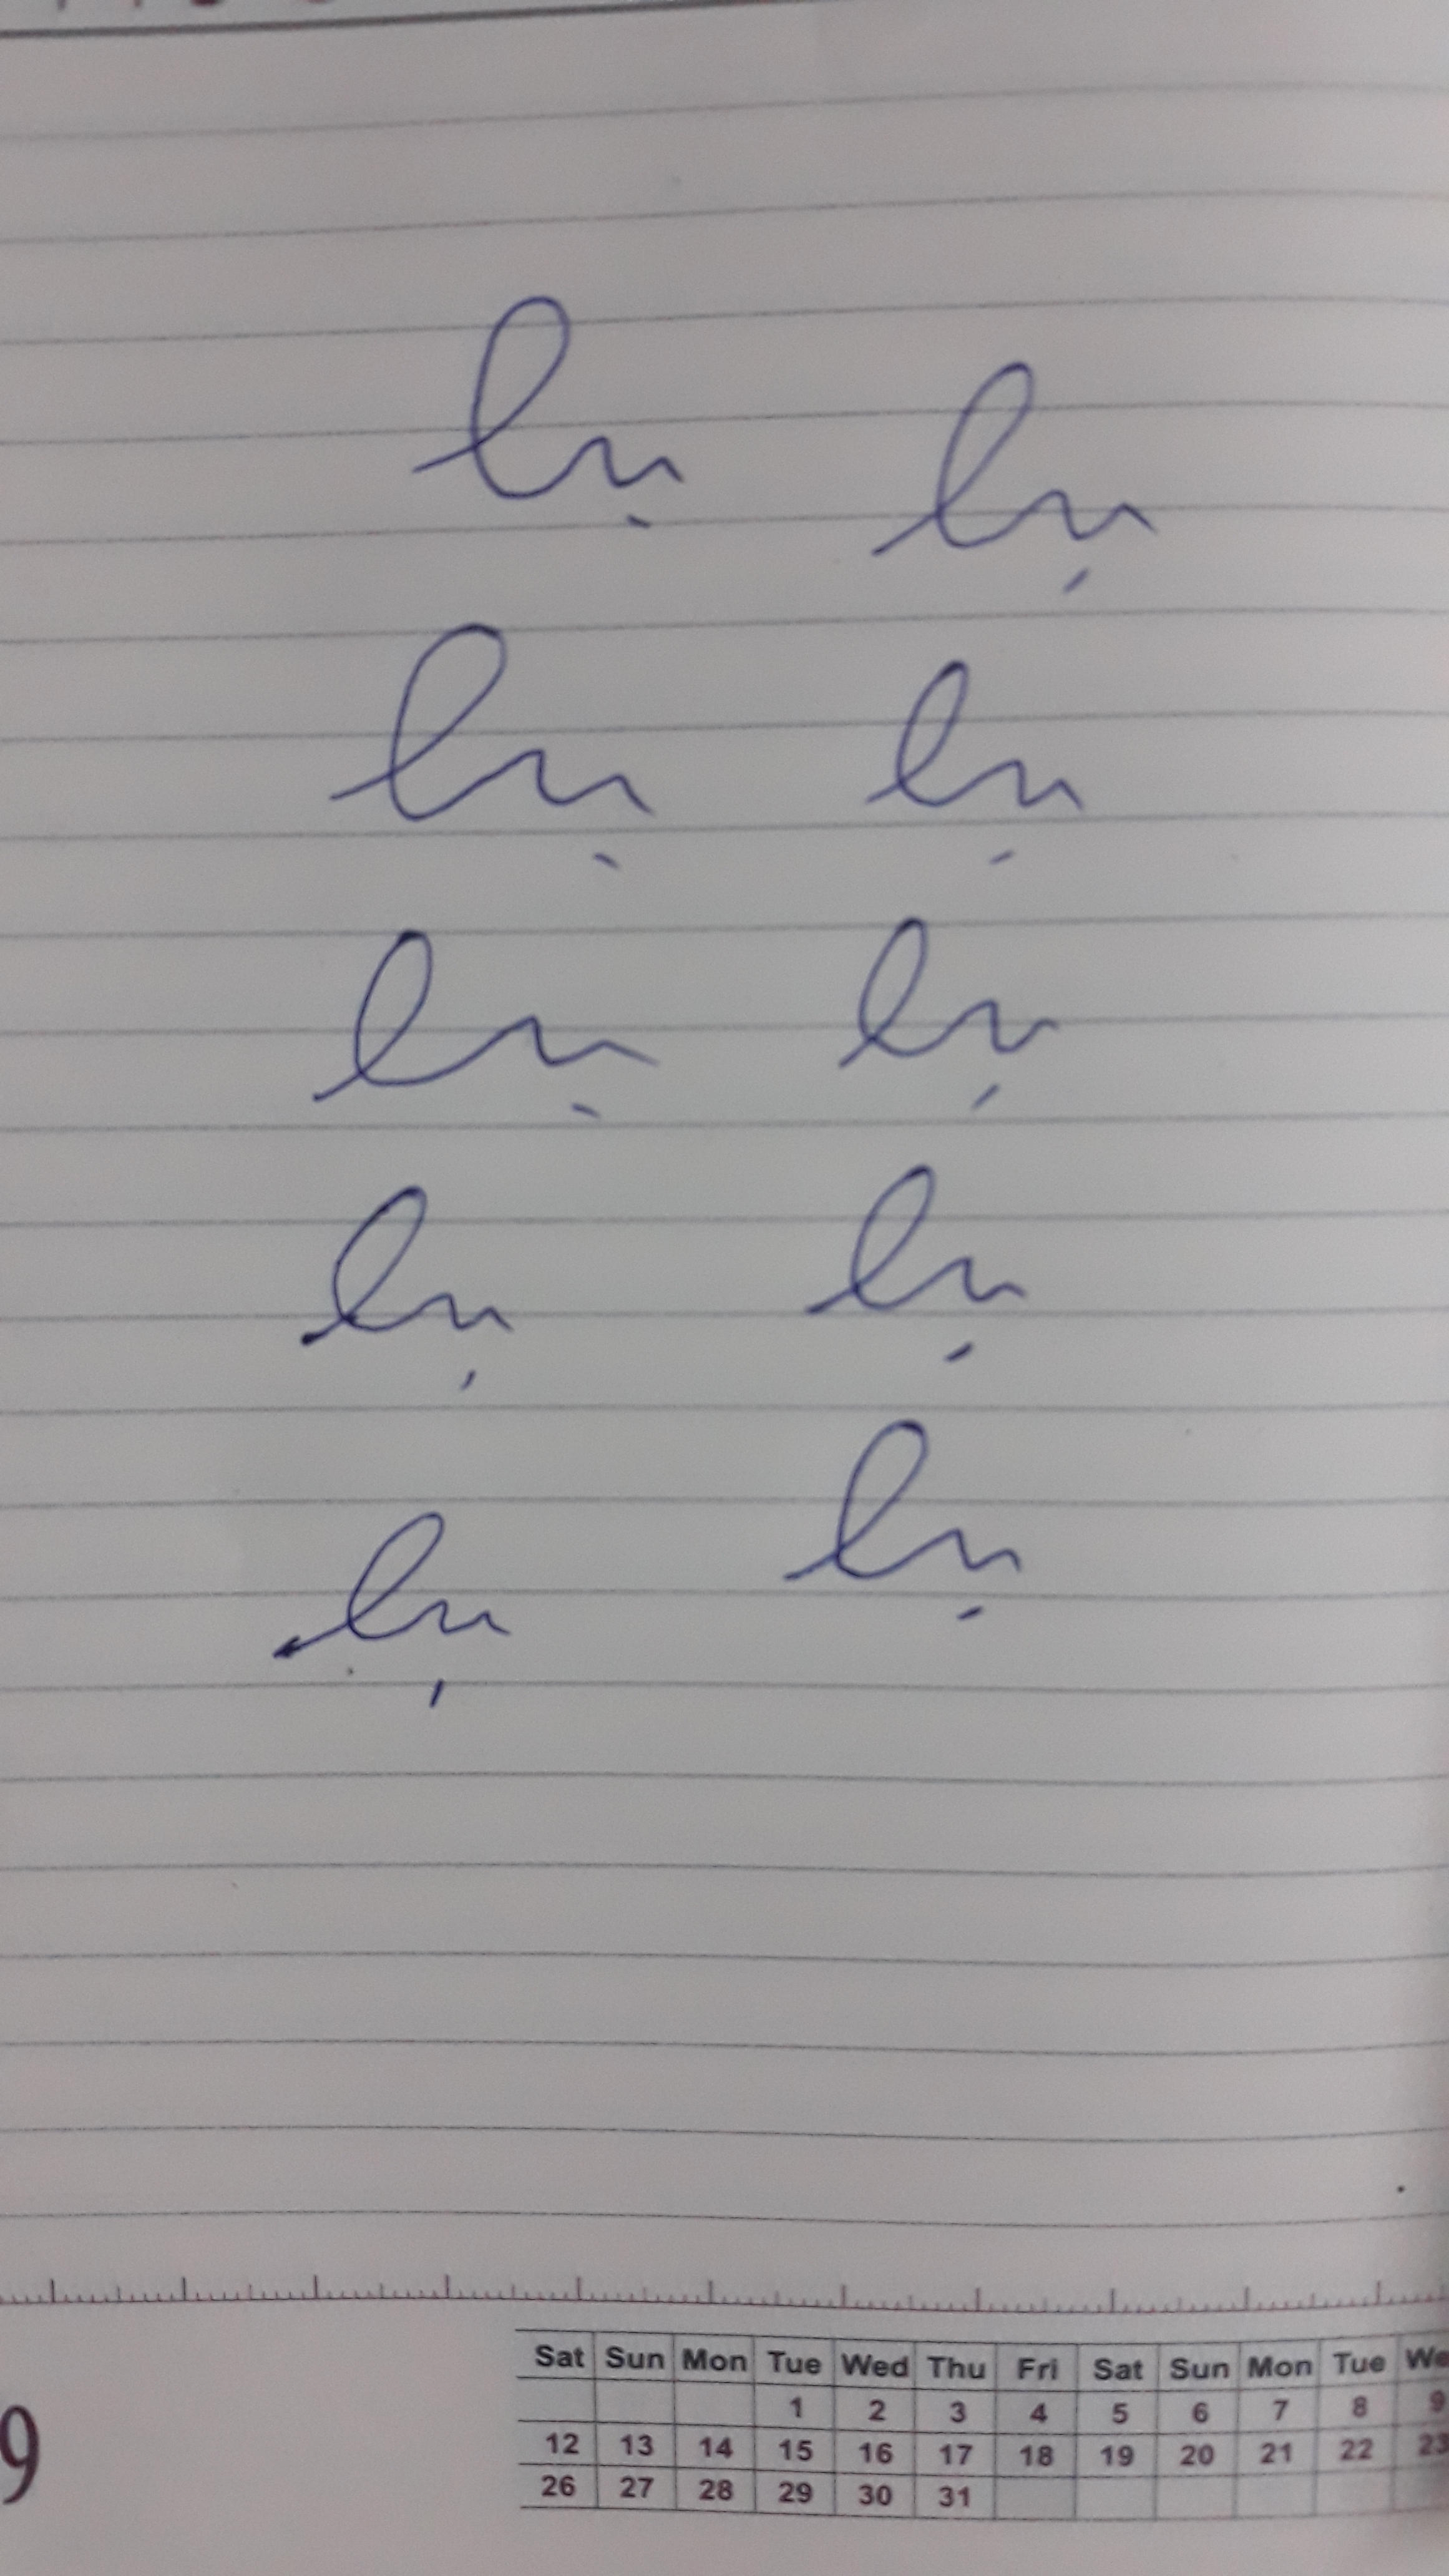
Signature authenticity: forged